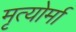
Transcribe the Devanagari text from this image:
मृत्योर्मा